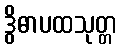
ဒွိဓာပထသုတ္တ